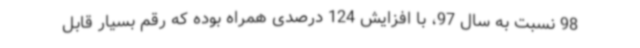
98 نسبت به سال 97، با افزایش 124 درصدی همراه بوده که رقم بسیار قابل